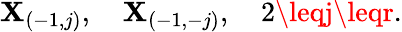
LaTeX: \mathbf{X}_{(-1,j)},\quad\mathbf{X}_{(-1,-j)},\quad2\leqj\leqr.